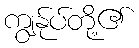
ကျွနု်ပ်တို့၏